Scottish Leaving Certificate Examination, 1955
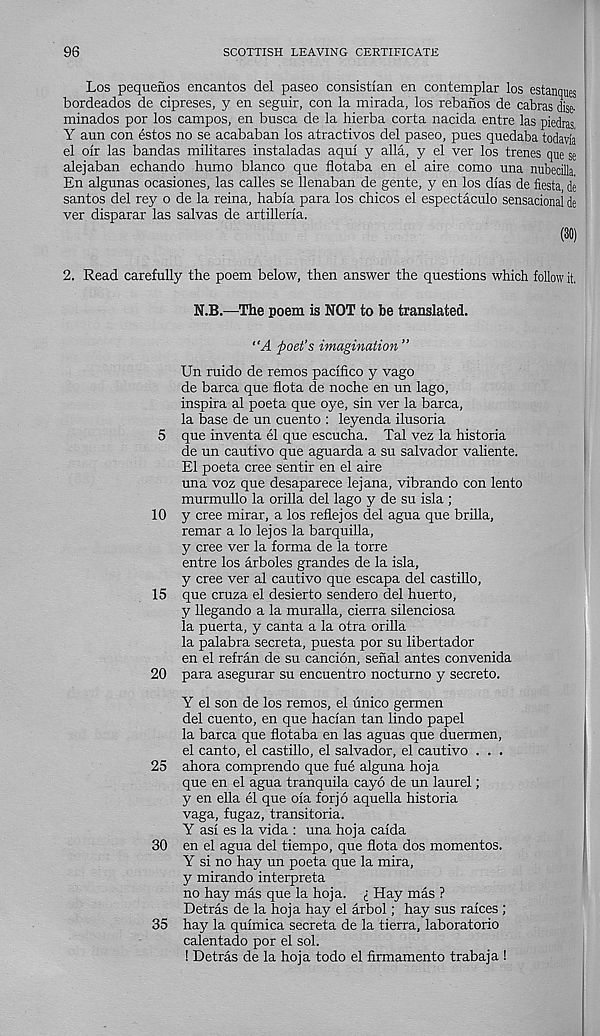
96
SCOTTISH LEAVING CERTIFICATE
Los pequeiios encantos del paseo consistian en contemplar los estanques
bordeados de cipreses, y en seguir, con la mirada, los rebafios de cabras disc-
minados por los campos, en busca de la hierba corta nacida entre las piedras
Y aun con estos no se acababan los atractivos del paseo, pues quedaba todavia
el olr las bandas militares instaladas aqul y alia, y el ver los Irenes que se
alejaban echando humo bianco que flotaba en el aire como una nubecilla
En algunas ocasiones, las calles se llenaban de gente, y en los dias de fiesta de
santos del rey o de la reina, habfa para los chicos el espectaculo sensacional de
ver disparar las salvas de artillerfa.
(30)
2. Read carefully the poem below, then answer the questions which follow it,
N.B.—The poem is NOT to be translated.
"A poet’s imagination ”
Un ruido de remos pacifico y vago
de barca que flota de noche en un lago,
inspira al poeta que oye, sin ver la barca,
la base de un cuento : leyenda ilusoria
5 que inventa el que escucha. Tal vez la historia
de un cautivo que aguarda a su Salvador valiente,
El poeta cree sentir en el aire
una voz que desaparece lejana, vibrando con lento
murmullo la orilla del lago y de su isla ;
10 y cree mirar, a los reflejos del agua que brilla,
remar a lo lejos la barquilla,
y cree ver la forma de la torre
entre los arboles grandes de la isla,
y cree ver al cautivo que escapa del castillo,
15 que cruza el desierto sendero del huerto,
y llegando a la muralla, cierra silenciosa
la puerta, y canta a la otra orilla
la palabra secreta, puesta por su libertador
en el refran de su cancion, senal antes convenida
20 para asegurar su encuentro nocturno y secreto.
Y el son de los remos, el unico germen
del cuento, en que hacian tan lindo papel
la barca que flotaba en las aguas que duermen,
el canto, el castillo, el Salvador, el cautivo . . .
25 ahora comprendo que fue alguna hoja
que en el agua tranquila cayo de un laurel;
y en ella el que oia for jo aquella historia
vaga, fugaz, transitoria.
Y asi es la vida : una hoja caida
30 en el agua del tiempo, que flota dos mementos.
Y si no hay un poeta que la mira,
y mirando interpreta
no hay mas que la hoja. i Hay mas ?
Detras de la hoja hay el arbol; hay sus raices ;
35 hay la quimica secreta de la tierra, laboratorio
calentado por el sol.
! Detras de la hoja todo el firmamento trabaja !